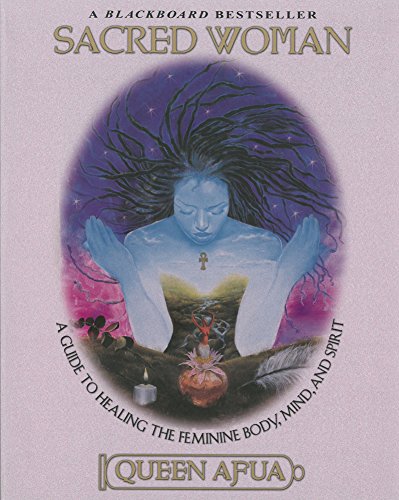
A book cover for Sacred Woman: A Guide to Healing the Feminine Body, Mind, and Spirit; Queen Afua; Health, Fitness & Dieting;